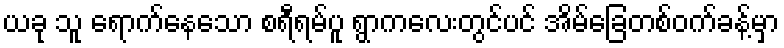
ယခု သူ ရောက်နေသော စရီရမ်ပူ ရွာကလေးတွင်ပင် အိမ်ခြေတစ်ဝက်ခန့်မှာ